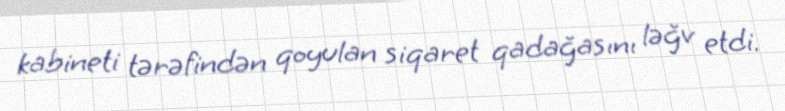
kabineti tərəfindən qoyulan siqaret qadağasını ləğv etdi.